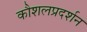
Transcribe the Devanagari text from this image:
कौशलप्रदर्शन